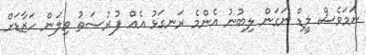
ނަމަވެސް ލީޑް ނަގަން ލިބުނު އެންމެ ރަނގަޅު އެއް ފުރުސަތު ވިލަން ހަޒާޑަށް